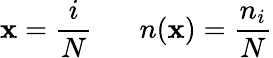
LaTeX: \mathbf{x}=\frac{{i}}{{N}}\; \; \; \; \; \; n(\mathbf{x})=\frac{{n_{i}}}{{N}}